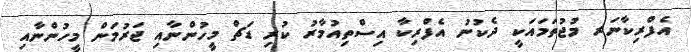
އެފްރިކާނަރ މުޖުތަމައަކީ ދެކުނު އެފްރިކާ އިސްތިއުމާރު ކުރި ޑަޗް މީހުންނާއި ޖަރުމަން މީހުންނާއި